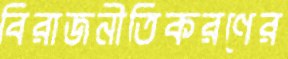
বিরাজনীতিকরণের